Jaan_Tonisson_(Lasteleht), lk 61
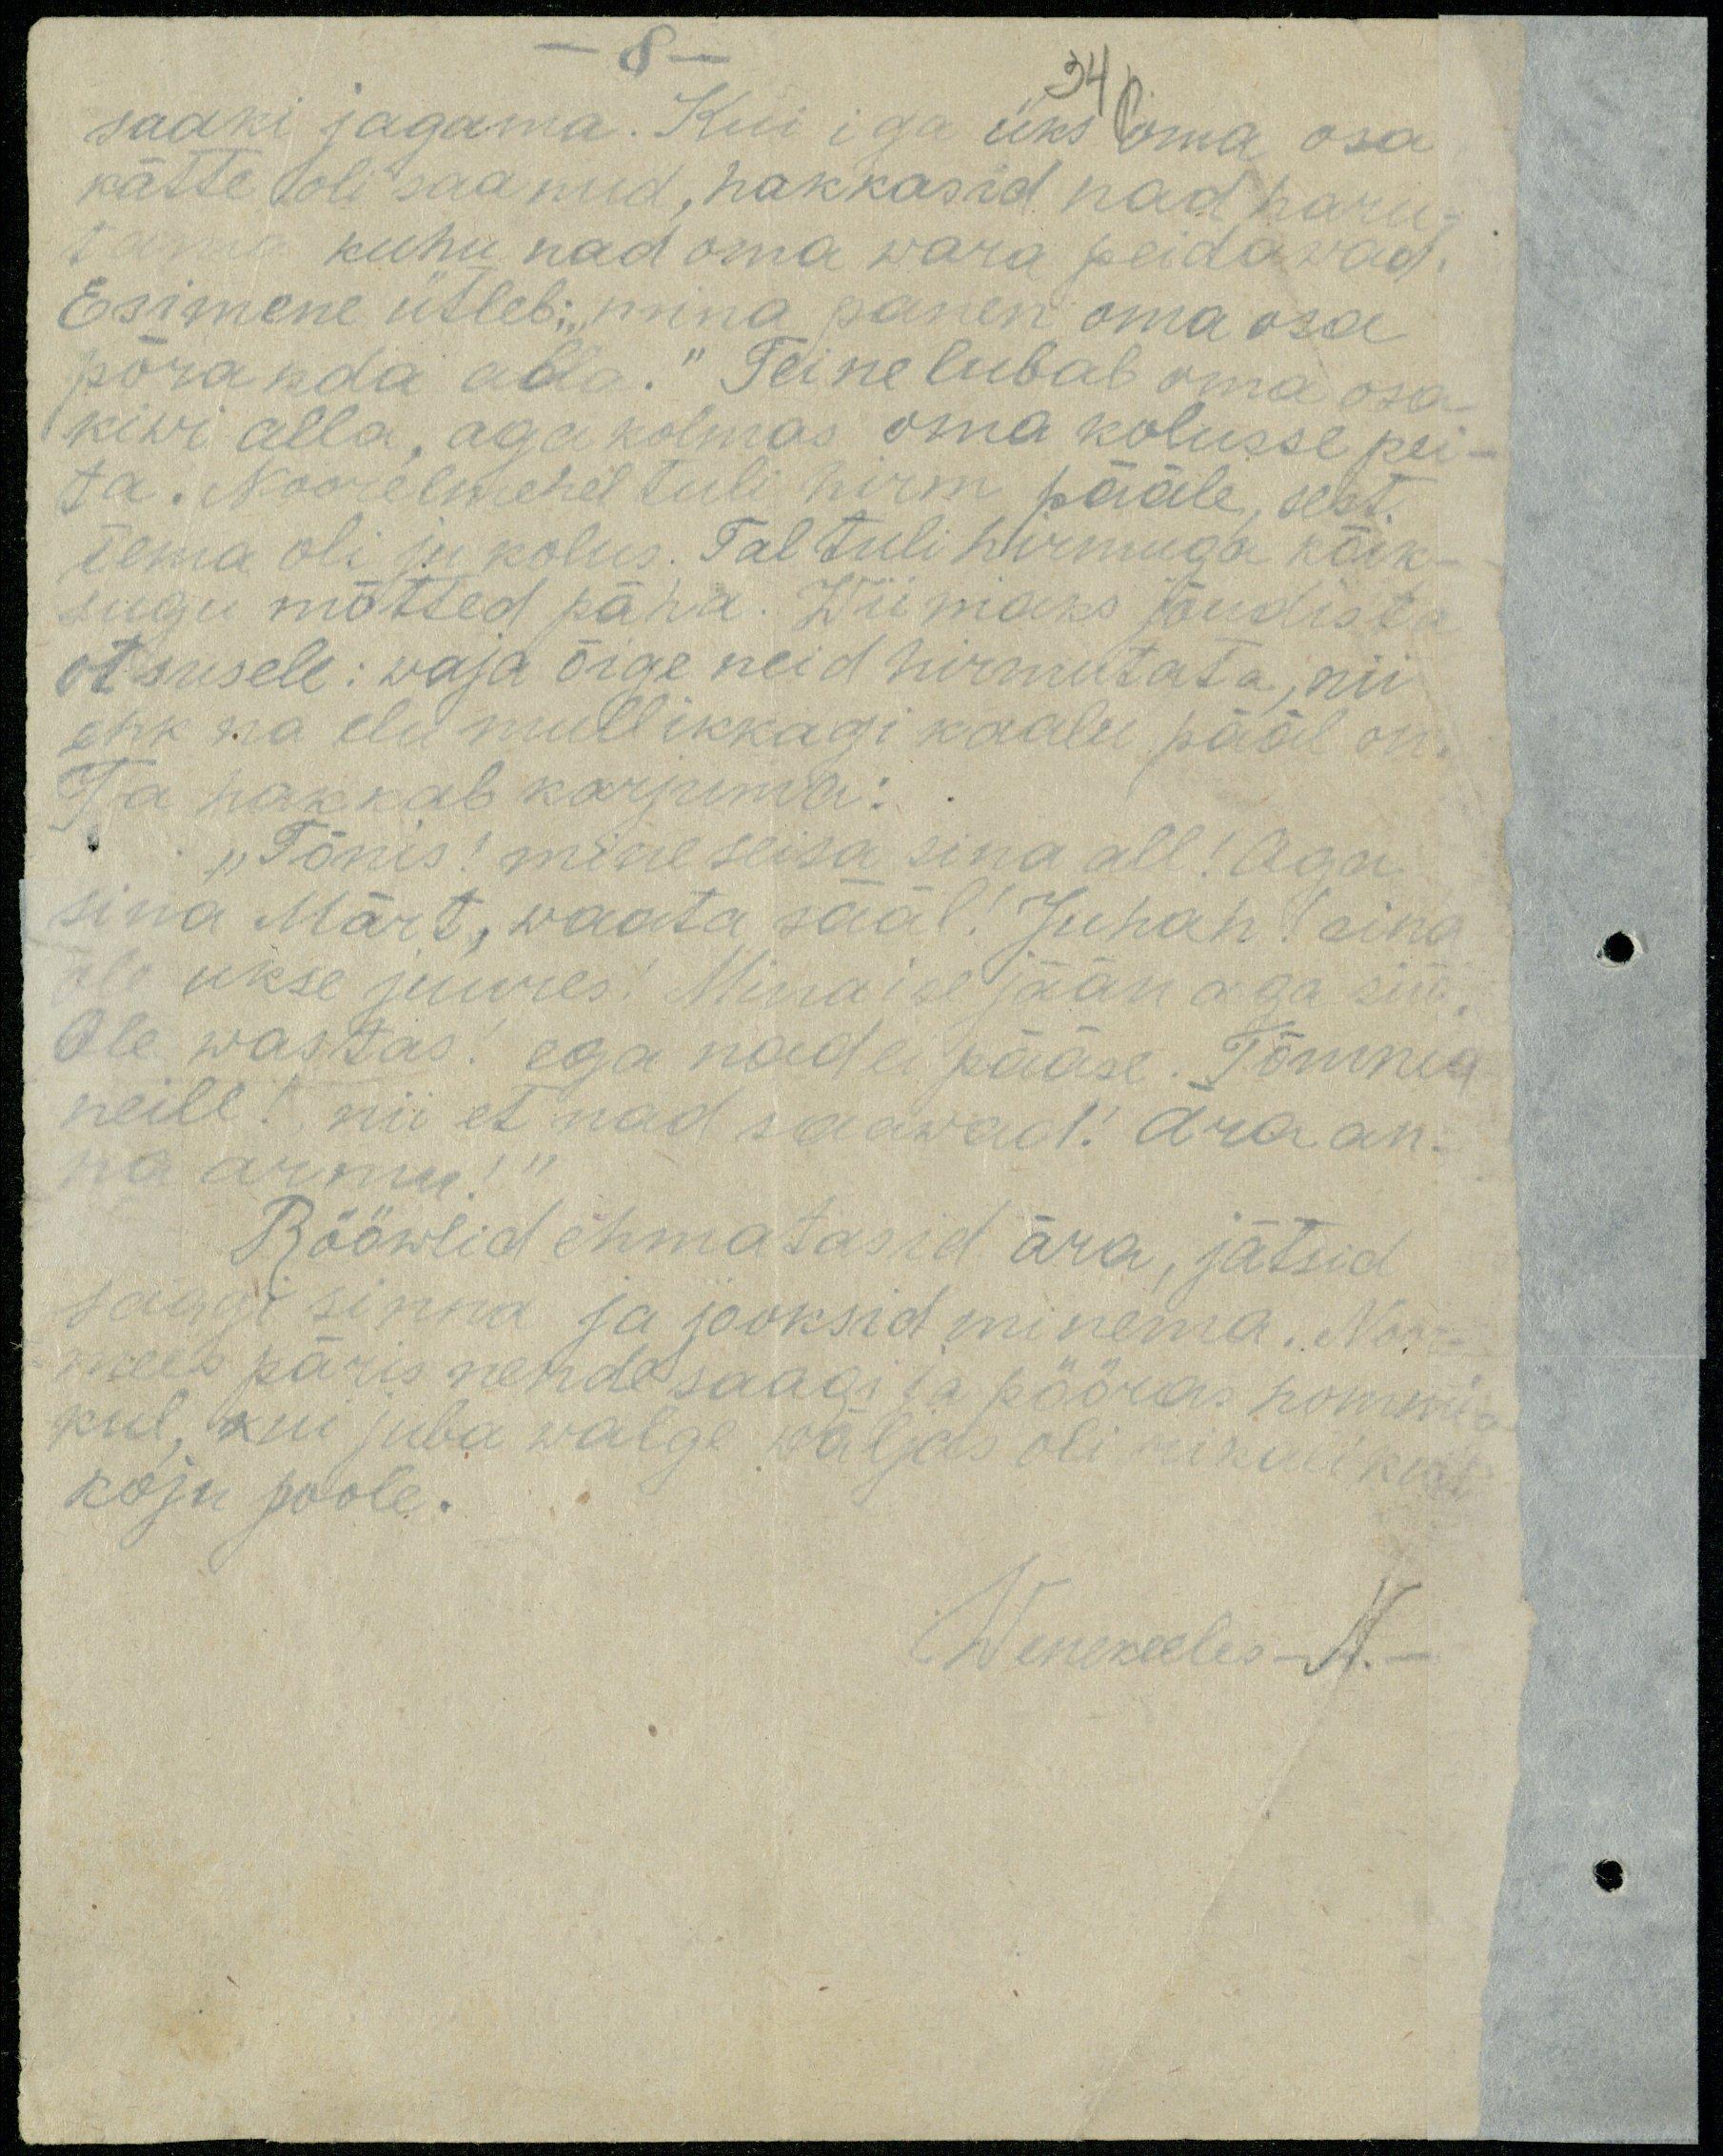
-8 -
saaki jagama. Kui iga üks oma osa
34p.
kätte oli saanud, hakkasid nad haru-
tama kuhu nad oma wara peidawad.
Esimene ütleb: "mina panen oma osa
põranda alla." Teine lubab oma osa
kiwi alla, aga kolmas oma kolusse pei-
ta. Noorelmehel tuli hirm pääle, sest
tema oli ju kolus. Tal tuli hirmuga kõik-
sugu mõtted päha. Wiimaks jõudis ta
otsusele: waja õige neid hirmutata, nii
ehk na elu mull ikkagi kaalu pääl on.
Ta hakkab karjuma:
"Tõnis! mine seisa sina all! Aga
sina Märt, waata sääl. Juhan! sina
ole ukse juures. Mina ise jään aga siia
Ole wastas! ega nad ei pääse. Tõmma
neile! nii et nad saawad! ära an-
na armu!"
Rööwlid ehmatasid ära, jätsid
jäägi sinna ja jooksid minema. Noor-
mees päris nende saagi ja pööras hommi-
kul, kui juba walge wäljas oli nikurikult
koju poole.
Wenekeeles N.